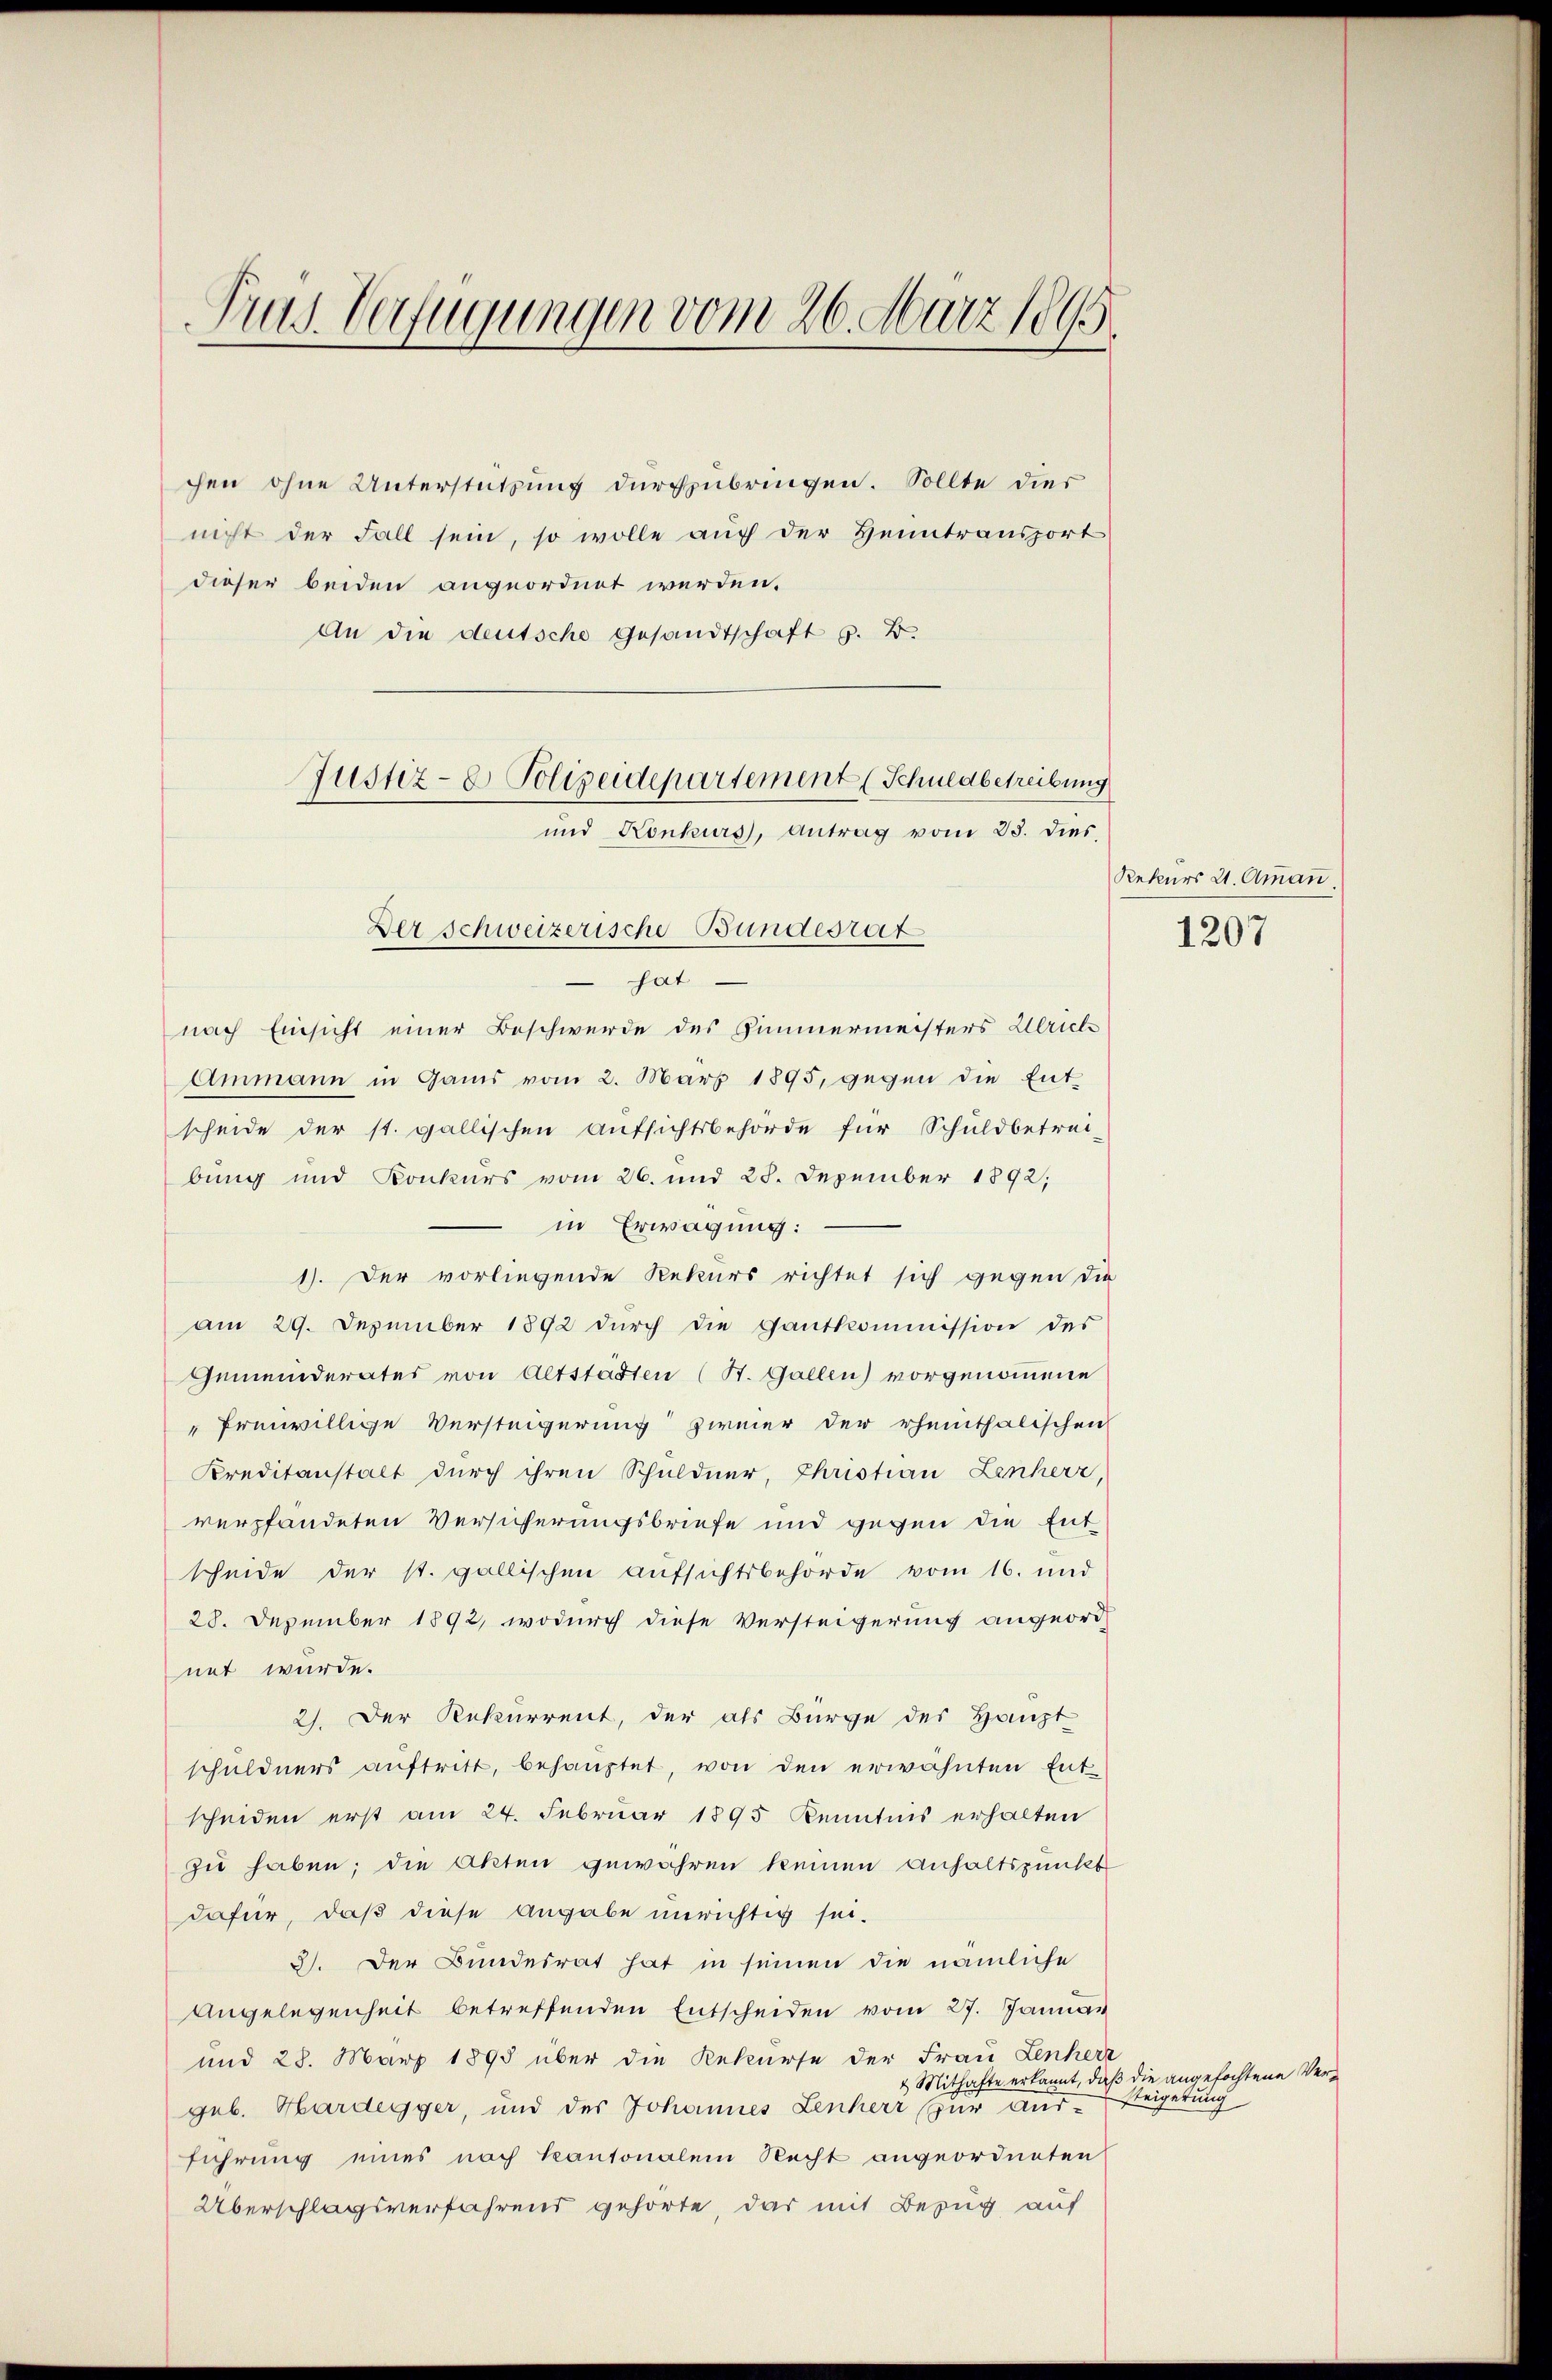
Prus. Verfügungen vom 26. März 1895

chen ohne Unterstützung durchzubringen. Sollte dies
nicht der Fall sein, so wolle auch der Heintransport
dieser beiden angeordnet werden.
An die deutsche Gesandtschaft G. B.
 hat
nach Einsicht einer Beschwerde des Zimmermeisters Ulrich
Ammann in Gams vom 2. März 1895, gegen die Entscheide der st. gallischen Aufsichtsbehörde für Schuldbetrei-
bung und Konkurs vom 26. und 28. Dezember 1892,
in Erwägung:
1). Der vorliegende Rekurs richtet sich gegen die
am 29. Dezember 1892 dŭrch die Gantkommission des
Gemeinderates von Altstädten (St. Gallen) vorgenommene
"freiwillige Versteigerung zimer der rheithalischen
Kreditanstalt durch ihren Schuldner, Christian Zinherz,
verpfandeten Versicherungsbriefe und gegen die Entscheide der st. gallischen Aufsichtsbehörde vom 16. und
28. Dezember 1892, wodurch diese Versteigerung angeord
net wurde.
2). Der Rekurrent, der als Bürge des Haupt
schuldners auftritt, behauptet, von den erwähnten Entscheiden erst am 24. Februar 1895 Kenntnis erhalten
zu haben; die Akten gewähren keinen Anhaltspunkt
dafür, daß diese Angabe unrichtig sei.
3). Der Bundesrat hat in seinen die nämliche
Angelegenheit betreffenden Entscheiden vom 27. Januar
und 28. März 1893 über die Rekurse der Frau Lenherz
geb. Hardegger, und des Johannes Lenherr zur Aus-
führung eines nach kantonalem Recht angeordneten
Überschlagsverfahrend gehörte, das mit Bezug auf

Justiz- & Polizeidepartement (Schuldbetreibung
und Konkurs, Antrag vom 23. dies
Der Schweizerische Bundesrat

Rekurs 21. Amman
1207

& Mithafte erkannt, daß die angefochtene Versteigerung